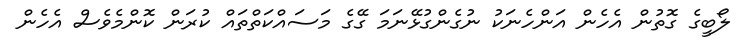
ލޯބީގެ ގޮތުން އެހެން އަންހެނަކު ނުގެންގުޅޭނަމަ ގޭގެ މަސައްކަތްތައް ކުރަން ކޮންމެވެސް އެހެން